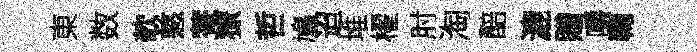
東数欹憗菴獠哲鳩迢堆櫂肘淘醅漉贈嚼鞠